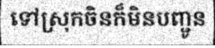
ទៅស្រុកចិនក៏មិនបញ្ជូន